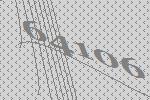
64106